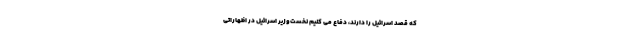
که قصد اسرائیل را دارند، دفاع می کنیم نخست‌وزیر اسرائیل در اظهاراتی